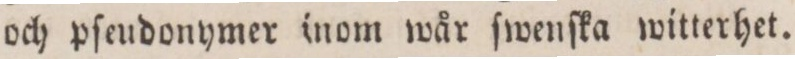
och pſeudonymer inom wår ſwenſka witterhet.